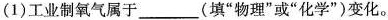
(1)工业制氧气属于______(填”物理”或”化学”)变化。